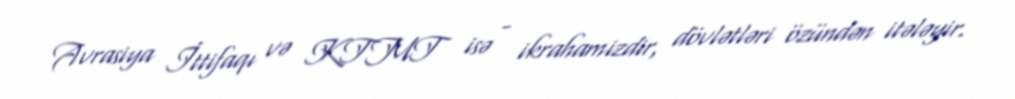
Avrasiya İttifaqı və KTMT isə - ikrahamizdir, dövlətləri özündən itələyir.